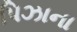
પિઝાના